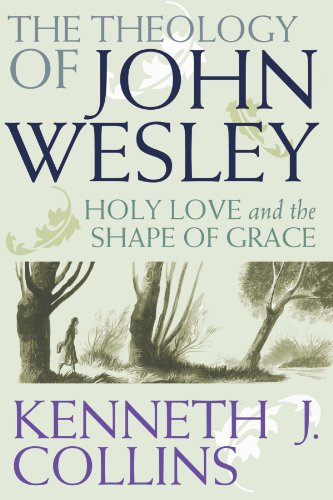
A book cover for The Theology of John Wesley: Holy Love and the Shape of Grace; Kenneth J. Collins; Christian Books & Bibles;